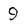
Character: 9